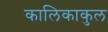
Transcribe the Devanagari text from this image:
कालिकाकुल